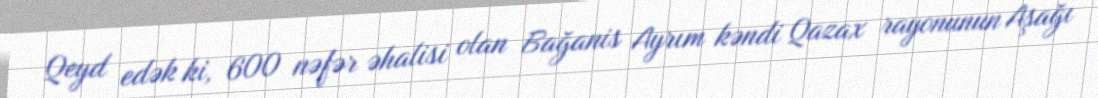
Qeyd edək ki, 600 nəfər əhalisi olan Bağanis Ayrım kəndi Qazax rayonunun Aşağı